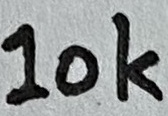
Text: 10K